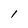
Character: 1